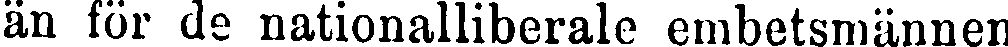
än för de nationalliberale embetsmännen